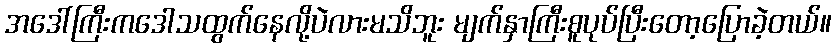
အဒေါ်ကြီးကဒေါသထွက်နေလို့ပဲလားမသိဘူး မျက်နှာကြီးစူပုပ်ပြီးတော့ပြောခဲ့တယ်။